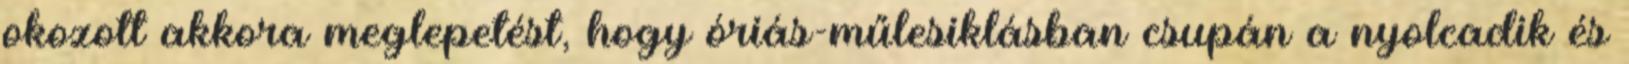
okozott akkora meglepetést, hogy óriás-műlesiklásban csupán a nyolcadik és